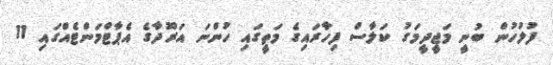
ފުލުހުން ބުނީ މަޖީދީމަގު ކަލާސް ފިހާރައިގެ މަތީގައި ހުންނަ އަރޫދާގެ އެޕާޓްމަންޓެއްގައި 11